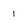
Character: 1